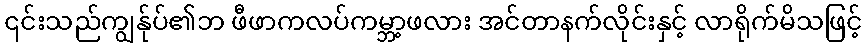
၎င်းသည်ကျွန်ုပ်၏ဘ ဖီဖာကလပ်ကမ္ဘာ့ဖလား အင်တာနက်လိုင်းနှင့် လာရိုက်မိသဖြင့်